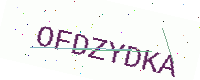
Text: OFDZYDKA